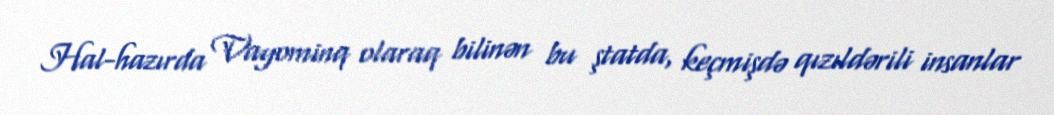
Hal-hazırda Vayominq olaraq bilinən bu ştatda, keçmişdə qızıldərili insanlar